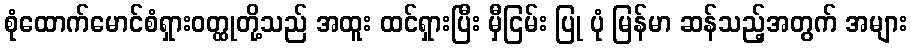
စုံထောက်မောင်စံရှားဝတ္ထုတို့သည် အထူး ထင်ရှားပြီး မှီငြမ်း ပြု ပုံ မြန်မာ ဆန်သည့်အတွက် အများ